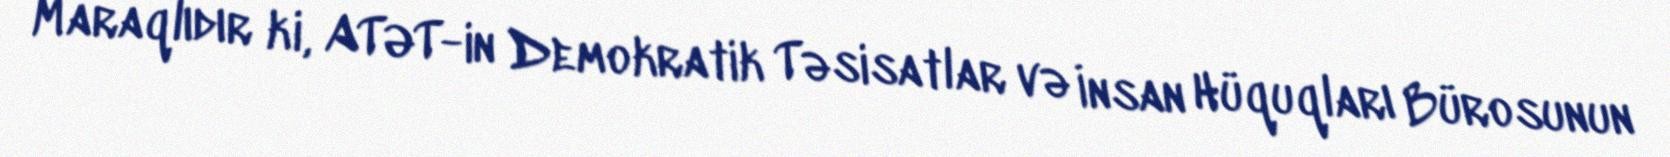
Maraqlıdır ki, ATƏT-in Demokratik Təsisatlar və İnsan Hüquqları Bürosunun